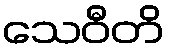
သေဝီတိ